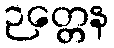
ဉတ္တေန